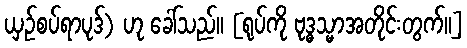
ယှဉ်စပ်ရာပုဒ်) ဟု ခေါ်သည်။ [ရုပ်ကို ဗုဒ္ဓသ္မာအတိုင်းတွက်။]